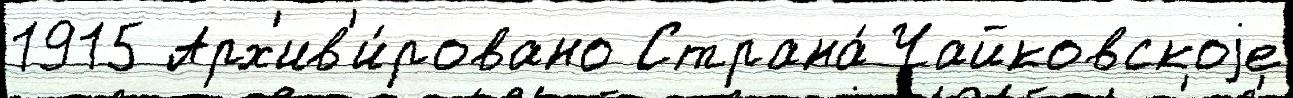
1915 Арх'ив'и́ровано Страна́ Чайковскоjе